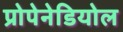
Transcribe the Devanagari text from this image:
प्रोपेनेडियोल